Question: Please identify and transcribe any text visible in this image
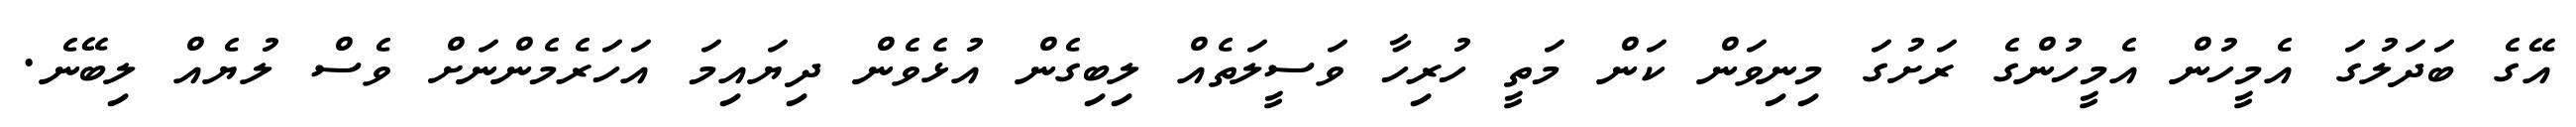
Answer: އޭގެ ބަދަލުގަ އެމީހުން އެމީހުންގެ ރަށުގަ މިނިވަން ކަން މަތީ ހުރިހާ ވަސީލަތެއް ލިބިގެން އުޅެވެން ދިޔައިމަ އަހަރެމެންނަށް ވެސް ލުޔެއް ލިބޭނެ.